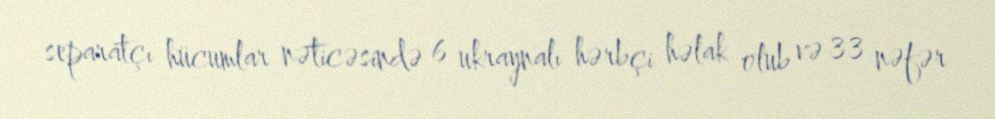
separatçı hücumlar nəticəsində 6 ukraynalı hərbçi həlak olub və 33 nəfər